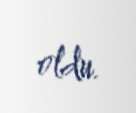
oldu.